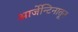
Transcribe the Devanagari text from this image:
आर्जेन्टिनातून